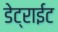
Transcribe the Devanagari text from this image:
डेट्राईट